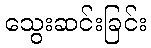
သွေးဆင်းခြင်း